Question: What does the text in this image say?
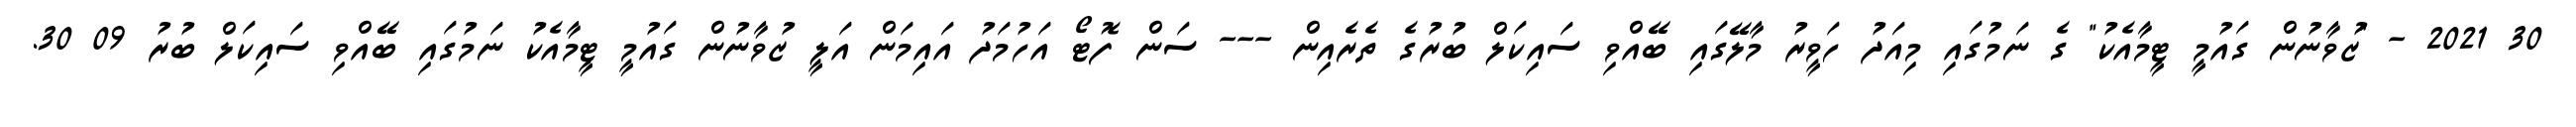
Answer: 30 2021 - "ޒުވާނުން ގައުމީ ޓީމާއެކު" ގެ ނަމުގައި މިއަދު ހަވީރު މާލޭގައި ބޭއްވި ސައިކަލް ބުރުގެ ތެރެއިން --- ސަން ފޮޓޯ އަހުމަދު އައިމަން އަލީ ޒުވާނުން ގައުމީ ޓީމާއެކު ނަމުގައި ބޭއްވި ސައިކަލް ބުރު 09 30.